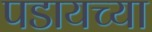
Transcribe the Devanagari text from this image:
पडायच्या